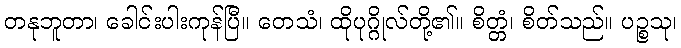
တနုဘူတာ၊ ခေါင်းပါးကုန်ပြီ။ တေသံ၊ ထိုပုဂ္ဂိုလ်တို့၏။ စိတ္တံ၊ စိတ်သည်။ ပဉ္စသု၊